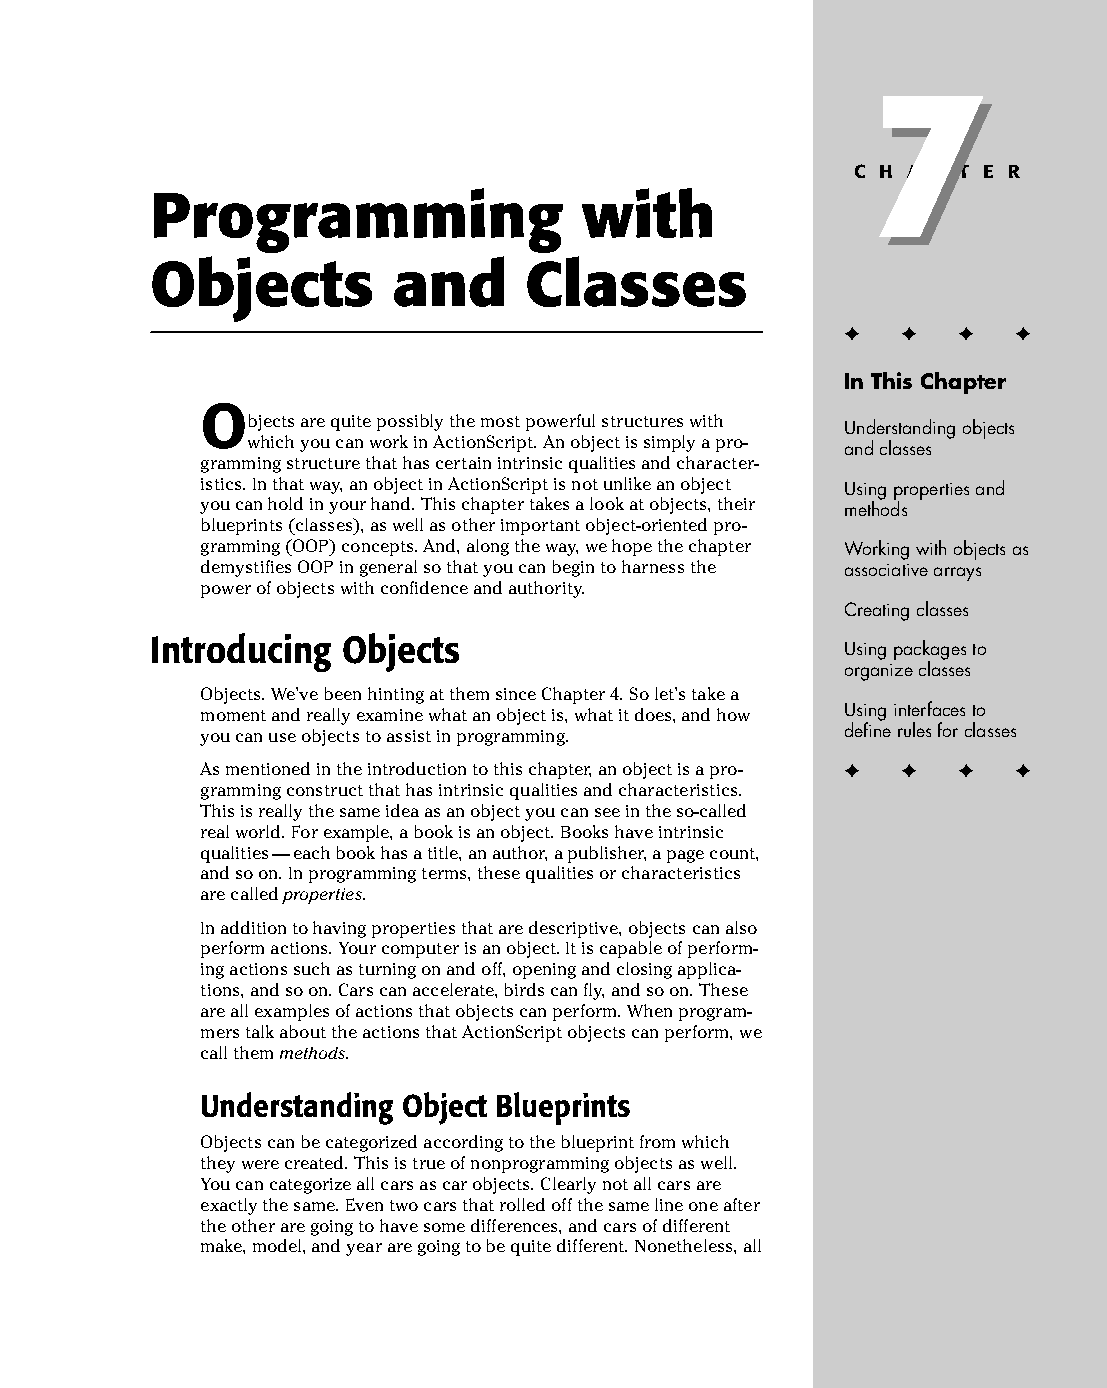
10 543547 ch07.qxd 3/24/04 3:50 PM Page 143
 7
 7
 C H A P T E R
 Programming                 with
 Objects         and      Classes
 ✦  ✦ ✦  ✦
 In This Chapter
 O
 bjects are quite possibly the most powerful structures with
 Understanding objects
 which you can work in ActionScript. An object is simply a pro­
 and classes
 gramming structure that has certain intrinsic qualities and character­
 istics. In that way, an object in ActionScript is not unlike an object Using properties and
 you can hold in your hand. This chapter takes a look at objects, their methods
 blueprints (classes), as well as other important object-oriented pro­
 gramming (OOP) concepts. And, along the way, we hope the chapter Working with objects as
 demystifies OOP in general so that you can begin to harness the associative arrays
 power of objects with confidence and authority.
 Creating classes
 Introducing  Objects
 Using packages to
 organize classes
 Objects. We’ve been hinting at them since Chapter 4. So let’s take a
 moment and really examine what an object is, what it does, and how Using interfaces to
 you can use objects to assist in programming. define rules for classes
 As mentioned in the introduction to this chapter, an object is a pro­ ✦ ✦ ✦ ✦
 gramming construct that has intrinsic qualities and characteristics.
 This is really the same idea as an object you can see in the so-called
 real world. For example, a book is an object. Books have intrinsic
 qualities — each book has a title, an author, a publisher, a page count,
 and so on. In programming terms, these qualities or characteristics
 are called properties.
 In addition to having properties that are descriptive, objects can also
 perform actions. Your computer is an object. It is capable of perform­
 ing actions such as turning on and off, opening and closing applica­
 tions, and so on. Cars can accelerate, birds can fly, and so on. These
 are all examples of actions that objects can perform. When program­
 mers talk about the actions that ActionScript objects can perform, we
 call them methods.
 Understanding Object Blueprints
 Objects can be categorized according to the blueprint from which
 they were created. This is true of nonprogramming objects as well.
 You can categorize all cars as car objects. Clearly not all cars are
 exactly the same. Even two cars that rolled off the same line one after
 the other are going to have some differences, and cars of different
 make, model, and year are going to be quite different. Nonetheless, all